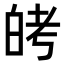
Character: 𬐈